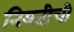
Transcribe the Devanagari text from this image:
नियतीची